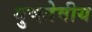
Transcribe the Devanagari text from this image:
गुणडेवीय